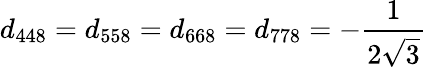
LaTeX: d_{448}=d_{558}=d_{668}=d_{778}=-{\frac{1}{2{\sqrt{3}}}}